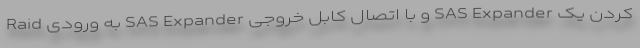
کردن یک SAS Expander و با اتصال کابل خروجی SAS Expander به ورودی Raid